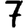
Digit: 7